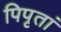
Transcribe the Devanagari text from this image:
पिपृतां